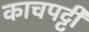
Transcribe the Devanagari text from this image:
काचपट्टी